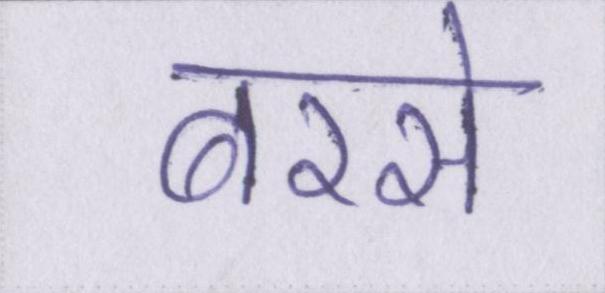
बरसे